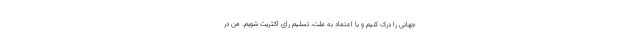
جهانی را درک کنیم و با اعتماد به ملت، تسلیم رای اکثریت شویم. من در